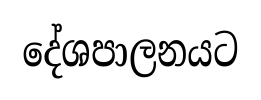
දේශපාලනයට